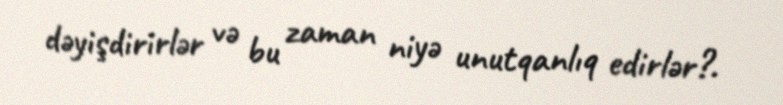
dəyişdirirlər və bu zaman niyə unutqanlıq edirlər?.